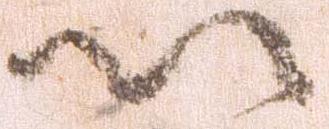
以